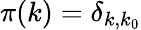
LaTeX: \pi(k)=\delta_{k,k_{0}}